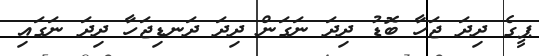
ޕީގެ ދިދަ ޖަހާ ބޮޑު ދިދަ ނަގަން ދިދަ ދަނޑިޖަހާ ދިދަ ނަގައި